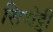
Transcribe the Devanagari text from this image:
सिच्चेट्टी